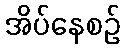
အိပ်နေစဉ်